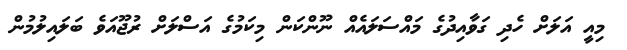
މިއީ އަލަށް ހެދި ގަވާއިދުގެ މައްސަލައެއް ނޫންކަން މިކަމުގެ އަސްލަށް ރުޖޫއަވެ ބަލައިލުމުން